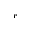
^ r